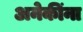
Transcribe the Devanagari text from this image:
अनेकींना